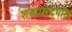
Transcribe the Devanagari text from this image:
शब्दासंदर्भात